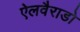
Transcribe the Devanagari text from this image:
ऐलवैराडो